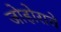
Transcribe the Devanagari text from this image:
जोहोराचे